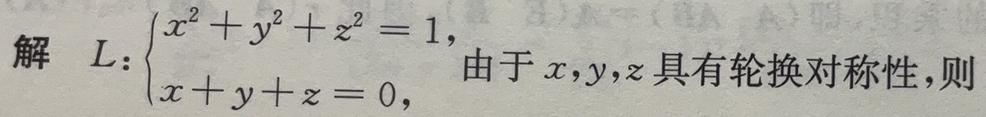
解 $L:\begin{cases}x^{2}+y^{2}+z^{2}=1,\\x + y + z = 0,\end{cases}$ 由于 $x,y,z$ 具有轮换对称性,则